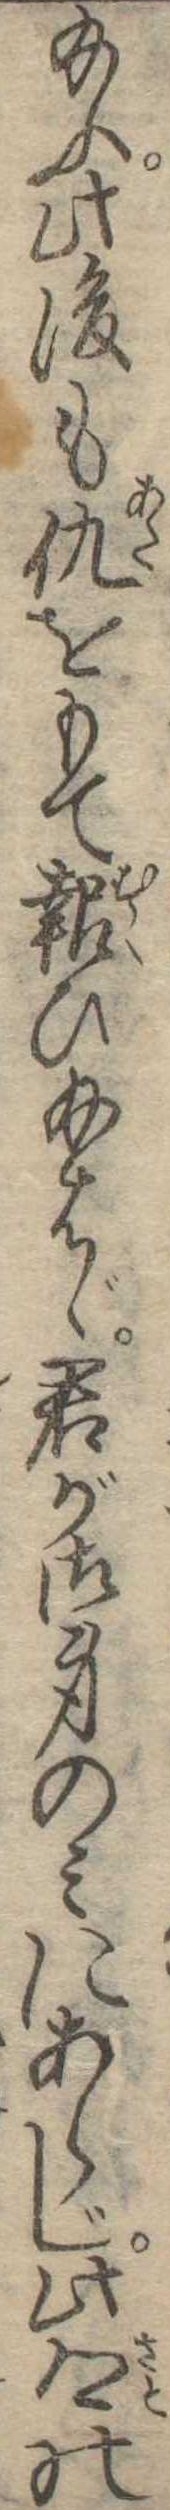
給ふ此後も仇をもて報ひ給はゞ君が御身のみにあらじ此郷の